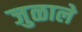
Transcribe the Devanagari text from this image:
जुळाले